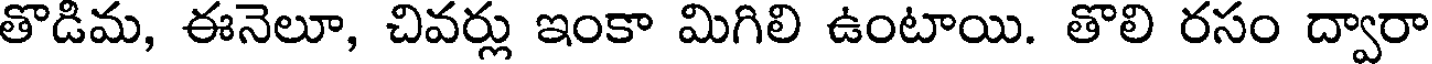
తొడిమ, ఈనెలూ, చివర్లు ఇంకా మిగిలి ఉంటాయి. తొలి రసం ద్వారా